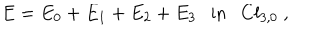
LaTeX: E = E _ { 0 } + E _ { 1 } + E _ { 2 } + E _ { 3 } \mathrm { i n } C l _ { 3 , 0 } ~ ,